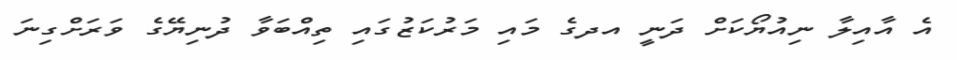
އެ އާއިލާ ނިއުޔޯކަށް ދަނީ އދގެ މައި މަރުކަޒުގައި ތިއްބަވާ ދުނިޔޭގެ ވަރަށްގިނަ